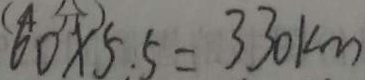
6 0 \times 5 . 5 = 3 3 0 k m